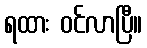
ရထား ဝင်လာပြီ။